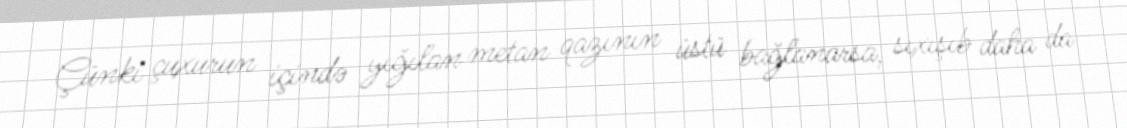
Çünki çuxurun içində yığılan metan qazının üstü bağlanarsa, sıxışıb daha da